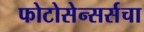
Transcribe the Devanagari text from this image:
फोटोसेन्सर्सचा